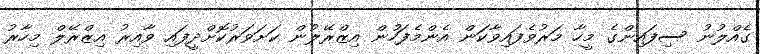
ގެއްލުނު ސިފައިންގެ މީހާ މަރުވެފައިވާކަން އެންމެފަހުން އިޒްރޭލުން ކަށަވަރުކޮށްދީފައި ވާއިރު އިޒްރޭލް މިހާރު